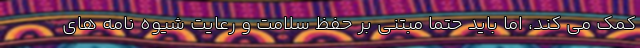
کمک می کند، اما باید حتما مبتنی بر حفظ سلامت و رعایت شیوه نامه های